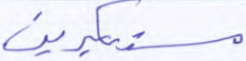
مستكبرين